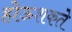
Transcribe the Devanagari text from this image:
होऊशकते